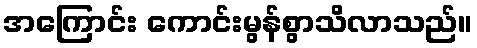
အကြောင်း ကောင်းမွန်စွာသိလာသည်။